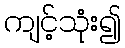
ကျင့်သုံး၍